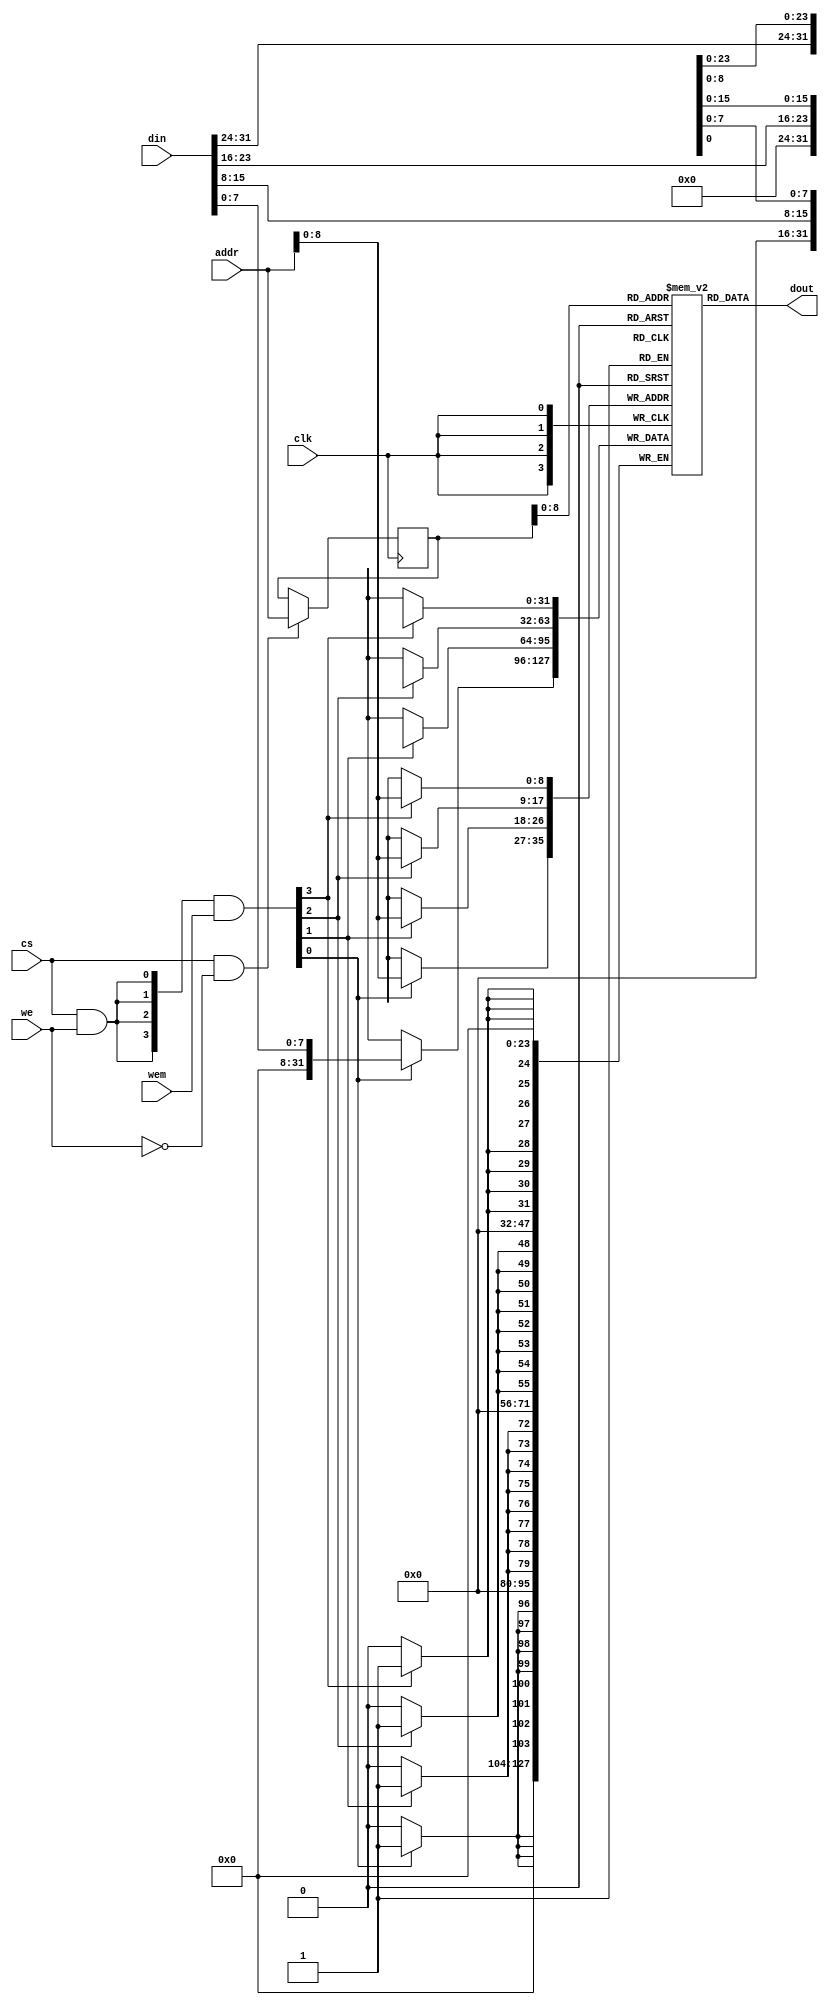
module n101_sim_ram 
#(parameter DP = 512,
  parameter FORCE_X2ZERO = 0,
  parameter DW = 32,
  parameter MW = 4,
  parameter AW = 32 
)
(
  input             clk, 
  input  [DW-1  :0] din, 
  input  [AW-1  :0] addr,
  input             cs,
  input             we,
  input  [MW-1:0]   wem,
  output [DW-1:0]   dout
);

    reg [MW*8-1:0] mem_r [0:DP-1];
    reg [AW-1:0] addr_r;
    wire [MW-1:0] wen;
    wire ren;

    assign ren = cs & (~we);
    assign wen = ({MW{cs & we}} & wem);


    wire [MW*8-1:0] i_din; 
    generate
      if(DW == (MW*8)) begin:dw_eq_mw8
          assign i_din = din; 
      end
      else begin: dw_ne_mw8
          assign i_din = {{MW*8-DW{1'b0}},din}; 
      end
    endgenerate

    genvar i;

    always @(posedge clk)
    begin
        if (ren) begin
            addr_r <= addr;
        end
    end

    generate
      for (i = 0; i < MW; i = i+1) begin :mem
          always @(posedge clk) begin
            if (wen[i]) begin
               mem_r[addr][8*i+7:8*i] <= i_din[8*i+7:8*i];
            end
          end
      end
    endgenerate

  wire [MW*8-1:0] dout_pre;
  assign dout_pre = mem_r[addr_r];

  generate
   if(FORCE_X2ZERO == 1) begin: force_x_to_zero
      for (i = 0; i < DW; i = i+1) begin:force_x_gen 
          `ifndef SYNTHESIS
         assign dout[i] = (dout_pre[i] === 1'bx) ? 1'b0 : dout_pre[i];
          `else
         assign dout[i] = dout_pre[i];
          `endif
      end
   end
   else begin:no_force_x_to_zero
     assign dout = dout_pre[DW-1:0];
   end
  endgenerate

 
endmodule